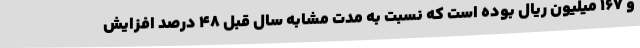
و 167 میلیون ریال بوده است که نسبت به مدت مشابه سال قبل 48 درصد افزایش